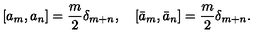
\left[ a _ { m } , a _ { n } \right] = { \frac { m } { 2 } } \delta _ { m + n } , \quad \left[ \bar { a } _ { m } , \bar { a } _ { n } \right] = { \frac { m } { 2 } } \delta _ { m + n } .